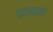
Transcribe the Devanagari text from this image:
परपज